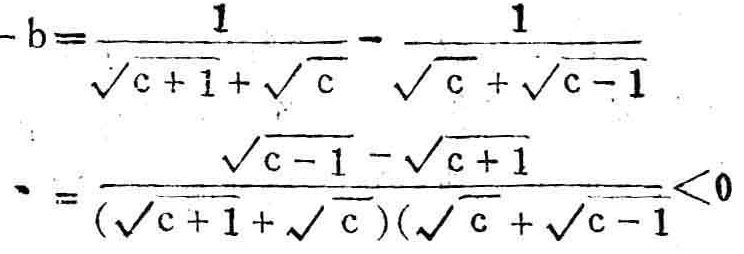
\[
\begin{align*}
 - b&=\frac{1}{\sqrt{c + 1}+\sqrt{c}}-\frac{1}{\sqrt{c}+\sqrt{c - 1}}\\
&=\frac{\sqrt{c - 1}-\sqrt{c + 1}}{(\sqrt{c + 1}+\sqrt{c})(\sqrt{c}+\sqrt{c - 1})}<0
\end{align*}
\]